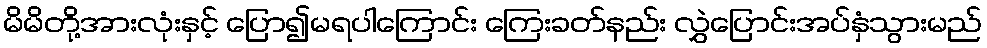
မိမိတို့အားလုံးနှင့် ပြော၍မရပါကြောင်း ကြေးခတ်နည်း လွှဲပြောင်းအပ်နှံသွားမည်